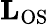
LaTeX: \mathbf{L}_{\textrm{OS}}